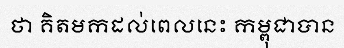
ថា គិតមកដល់ពេលនេះ កម្ពុជាបាន